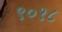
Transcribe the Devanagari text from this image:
९०१८